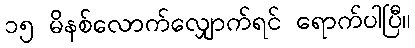
၁၅ မိနစ်လောက်လျှောက်ရင် ရောက်ပါပြီ။